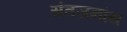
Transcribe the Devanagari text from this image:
संतजनांस